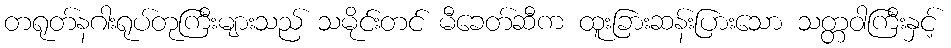
တရုတ်နဂါးရုပ်တုကြီးများသည် သမိုင်းတင် မီခေတ်ဆီက ထူးခြားဆန်းပြားသော သတ္တဝါကြီးနှင့်